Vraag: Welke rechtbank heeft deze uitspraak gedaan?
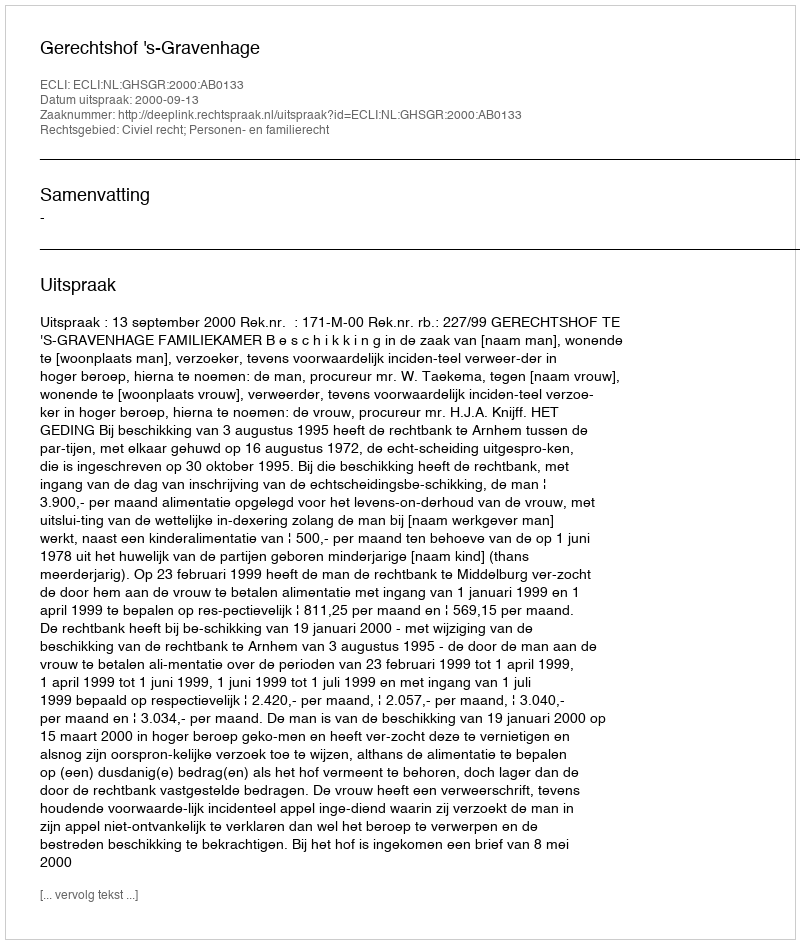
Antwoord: Gerechtshof 's-Gravenhage